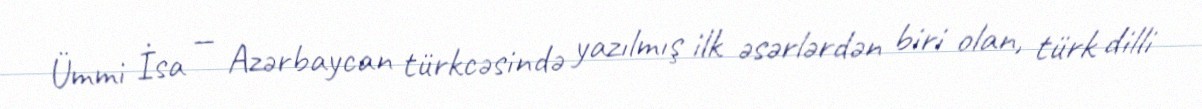
Ümmi İsa — Azərbaycan türkcəsində yazılmış ilk əsərlərdən biri olan, türk dilli